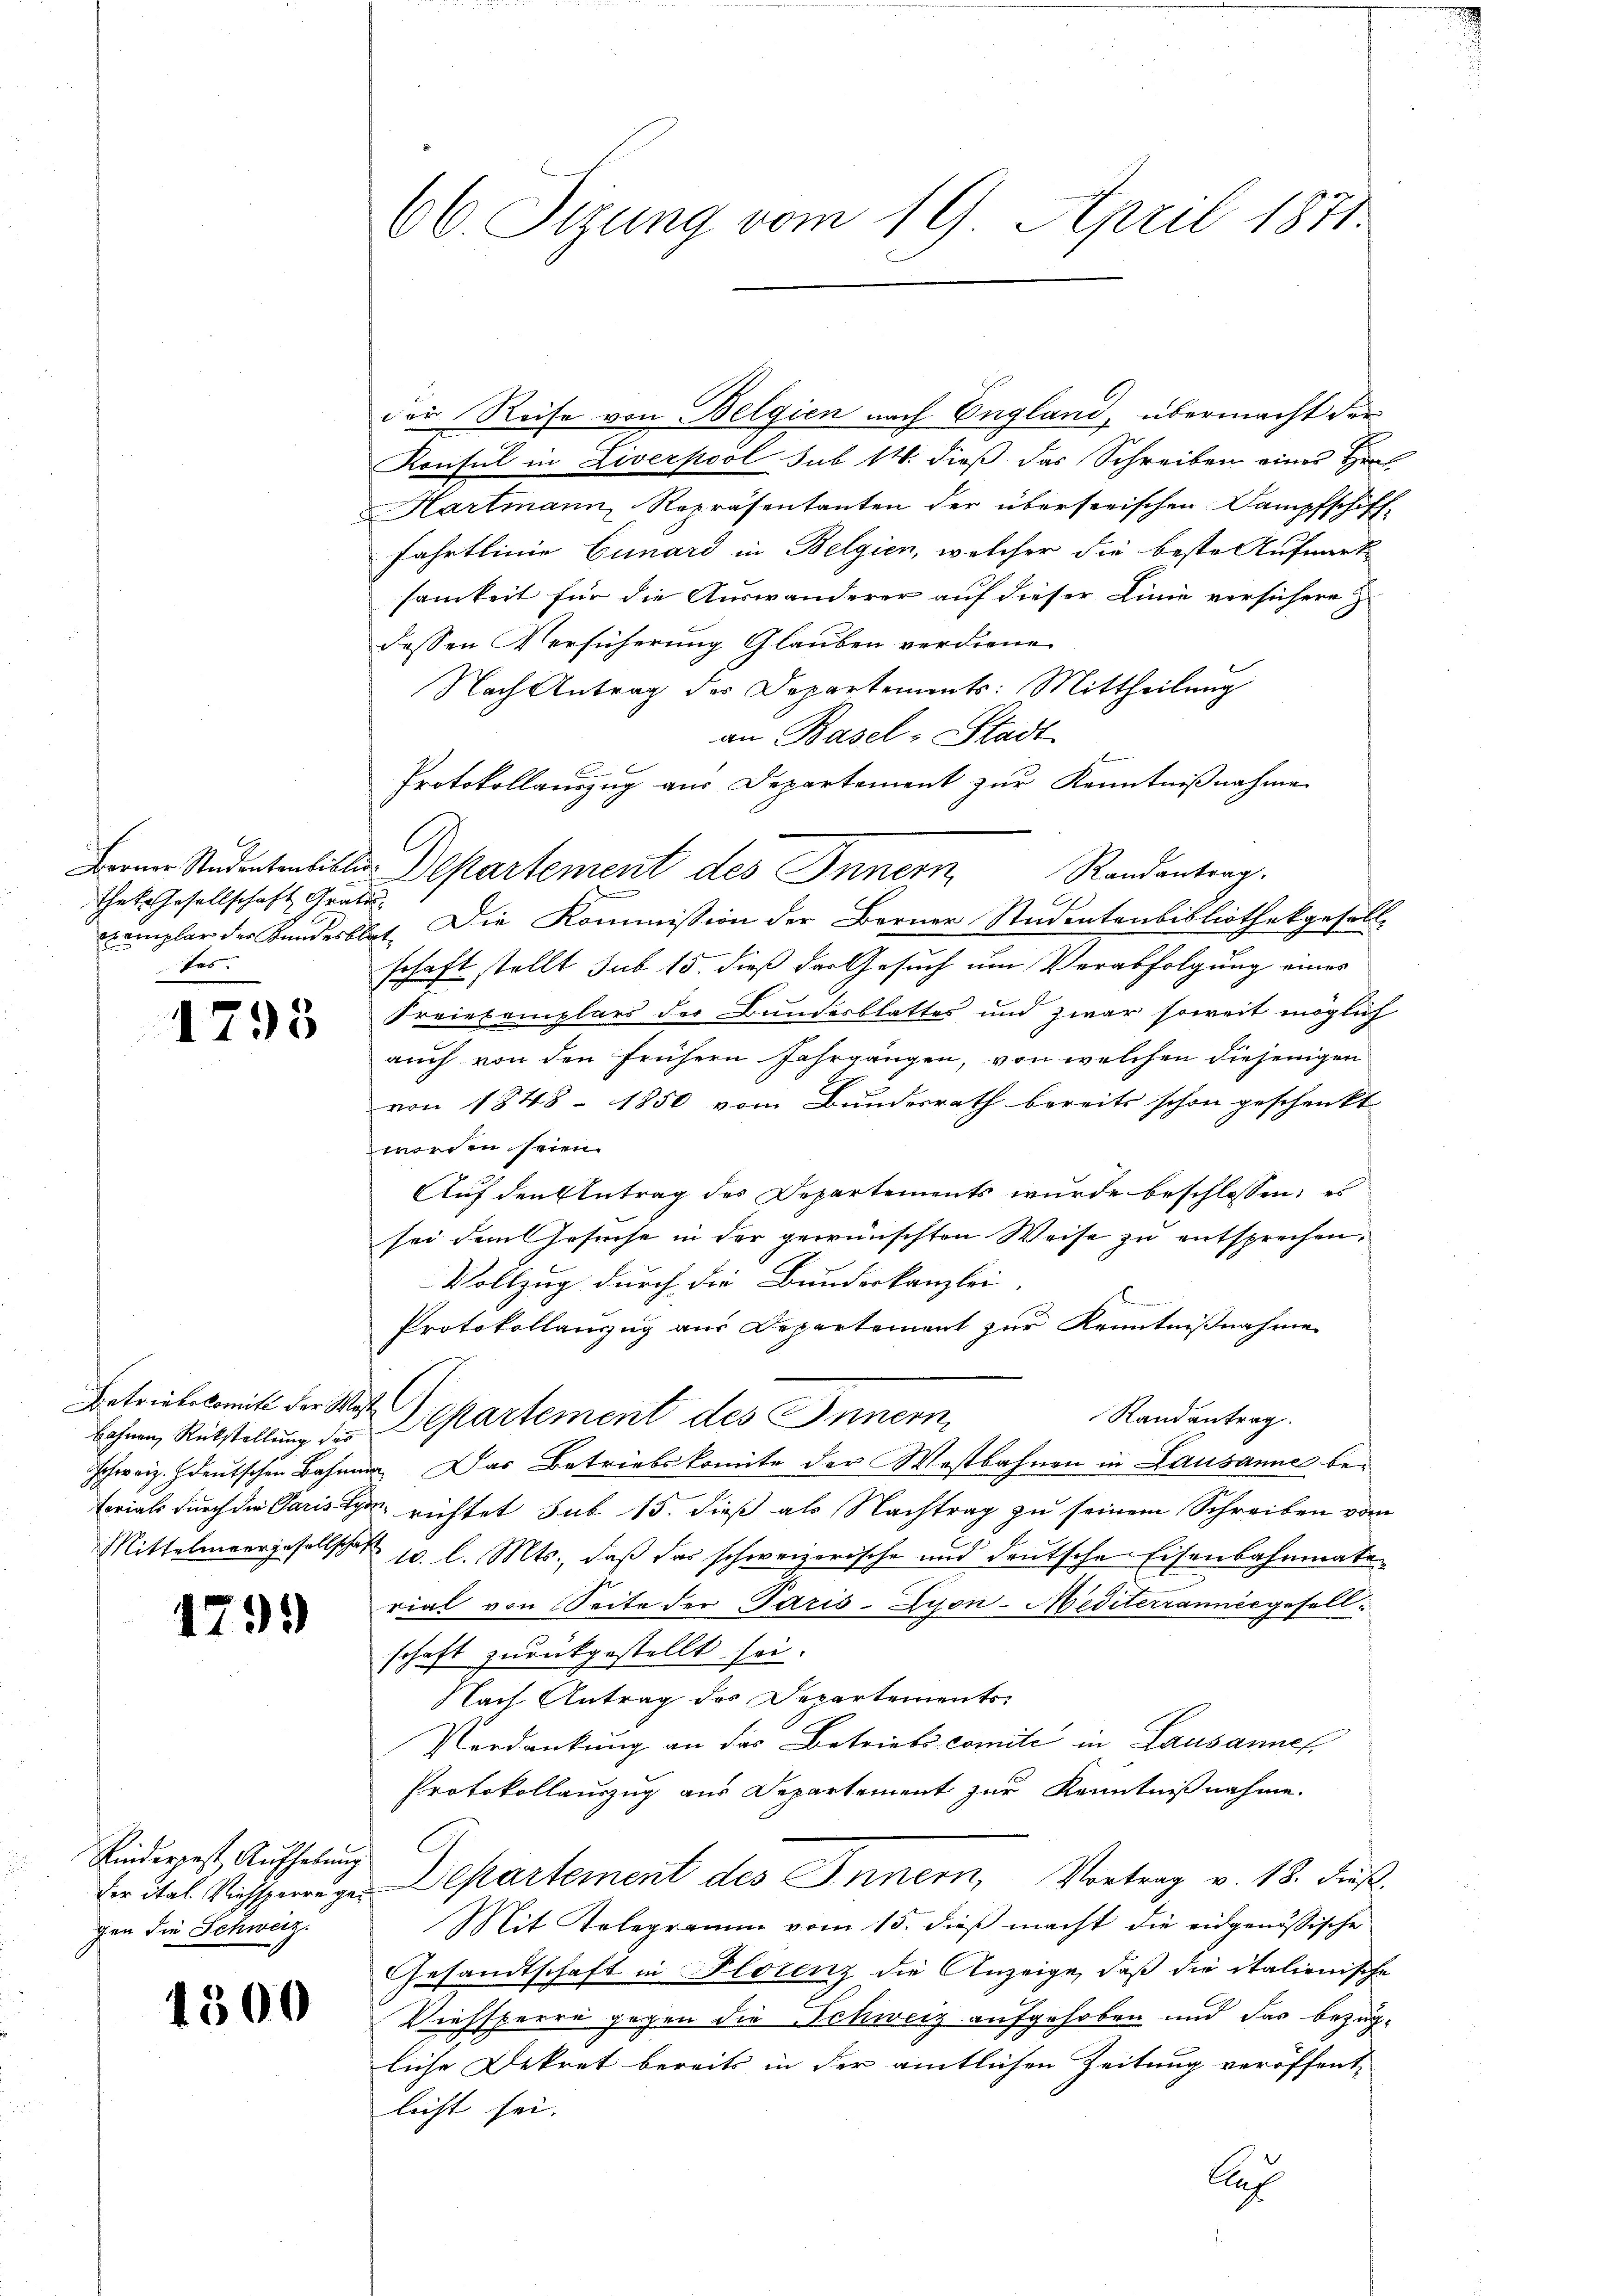
Berner Studentenbiblio
Thets Gesellschaft Grati
exemplar der Bundesbl
tas.

1793

Betriebskomite der Wese
bahnen Rückstellung des
Schweiz. Ideutschen Bahnen
Ferials durch die Paris Sch
Mittelmeergesellschaf

4799)

Kinderpost Aufhebung
der ital. Viehsperre gegen die Schweiz.

1300

66. Sizung vom 19. April 1871

der Reise von Belgien nach England, übermacht der
Konsul in Liverpool sub 14. dieß das Schreiben eines Hrn
Hartmann, Repräsentanten der überserischen Dampfschiff
Fahrtlinie Gunard in Belgien, welcher die beste Aufwart
samkeit für die Auswanderer auf dieser Linie versichere z
dessen Versicherung Glauben verdiene
Nach Antrag der Departements: Mittheilung
an Basel-Stadt
B
Protokollauszug aus Departement zur Kenntnißnahme
Die Kommission der Berner Studentenbibliothekgesellt
schaft stellt sub 15. dieß der Gesuch um Verabfolgung eines
Freiexemplars der Bundesblattes und zwar soweit möglich
auch von den frühern Fahrgangen, von welchen diejenigen
von 1848 - 1850 vom Bundesrath bereits schon geschenkt
worden seien.
Auf den Antrag des Departements wurde beschlossen: es
sei dem Gesuche in der gewünschten Weise zu entsprechen,
Vollzug durch die Bundeskanzlei
e
Protokollanzug aus Departement zur Kenntnißnahme
l
Randantrag.
Departement des Innern,
 Das Betriebskomite der Wostbahnen in Lausanne be¬
 richtet sub 15. dieß als Nachtrag zu seinem Schreiben vom
10. l. Mts., daß das schweizerische und deutsche Eisenbahnmate
rial von Seite der Paris-Zyon-Mediterrannes gesellschaft zurückgestellt sei.
Nach Antrag des Departements
Verdankung an das Betriebscomité in Lausannes,
Protokollauszug aus Departement zur Kenntnißnahme.
C
Departement des Innern, Vortrag v. 18. dieß,
Mit Telegramm vom 15. dieß macht die eidgenössische
Gesandtschaft in Florenz die Anzeige, daß die italienische
Viehsperre gegen die Schweiz aufgehoben und das bezüg-
liche Dekret bereits in der amtlichen Zeitung veröffentlicht sei.
Cas

Departement des Innern Randantrag.